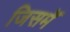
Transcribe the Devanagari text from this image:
जिसमेंंं